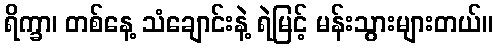
ရိက္ခာ၊ တစ်နေ့ သံချောင်းနဲ့ ရဲမြင့် မန်းသွားများတယ်။